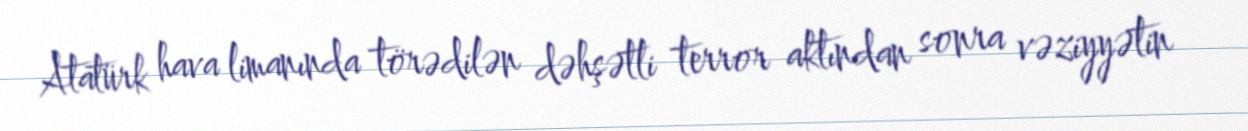
Atatürk hava limanında törədilən dəhşətli terror aktından sonra vəziyyətin